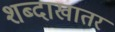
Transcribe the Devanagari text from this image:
शब्दाखातर